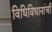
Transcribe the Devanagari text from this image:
विधिविधानांची